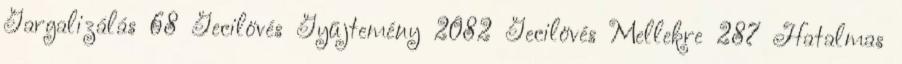
Gargalizálás 68 Gecilövés Gyűjtemény 2082 Gecilövés Mellekre 287 Hatalmas